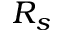
R _ { s }